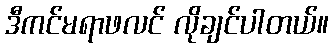
ဒီကင်မရာဖလင် လိုချင်ပါတယ်။